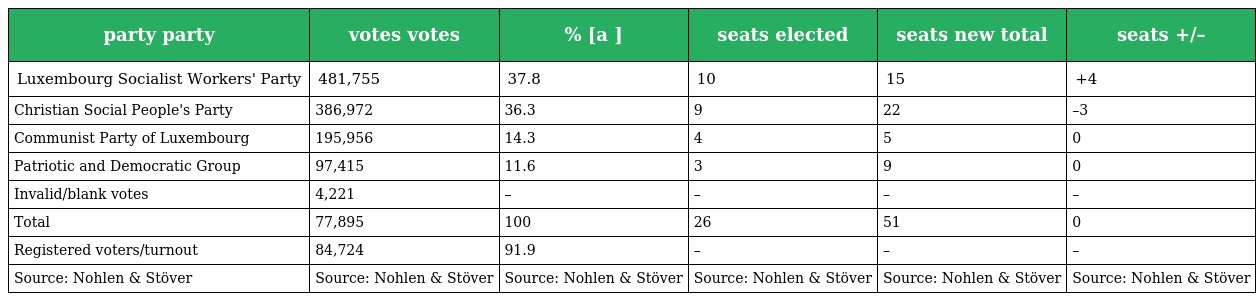
| party party | votes votes | % [a ] | seats elected | seats new total | seats +/– |
 | --- | --- | --- | --- | --- | --- |
 | Luxembourg Socialist Workers' Party | 481,755 | 37.8 | 10 | 15 | +4 |
 | Christian Social People's Party | 386,972 | 36.3 | 9 | 22 | –3 |
 | Communist Party of Luxembourg | 195,956 | 14.3 | 4 | 5 | 0 |
 | Patriotic and Democratic Group | 97,415 | 11.6 | 3 | 9 | 0 |
 | Invalid/blank votes | 4,221 | – | – | – | – |
 | Total | 77,895 | 100 | 26 | 51 | 0 |
 | Registered voters/turnout | 84,724 | 91.9 | – | – | – |
 | Source: Nohlen & Stöver | Source: Nohlen & Stöver | Source: Nohlen & Stöver | Source: Nohlen & Stöver | Source: Nohlen & Stöver | Source: Nohlen & Stöver |